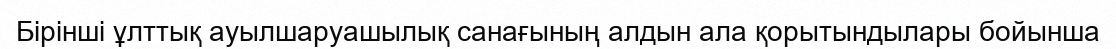
Бірінші ұлттық ауылшаруашылық санағының алдын ала қорытындылары бойынша